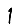
Digit: 1